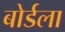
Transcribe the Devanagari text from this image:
बोर्डला